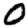
Digit: 0